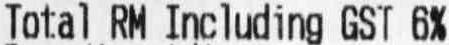
TOTAL RM INCLUDING GST 6%